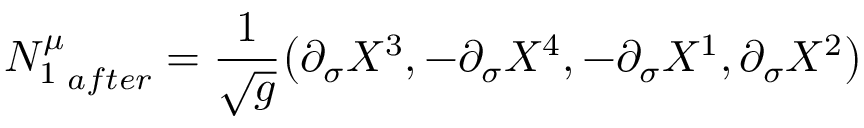
{ N _ { 1 } ^ { \mu } } _ { a f t e r } = \frac 1 { \sqrt { g } } \big ( \partial _ { \sigma } X ^ { 3 } , - \partial _ { \sigma } X ^ { 4 } , - \partial _ { \sigma } X ^ { 1 } , \partial _ { \sigma } X ^ { 2 } \big )